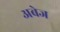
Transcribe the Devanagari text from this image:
अबेज